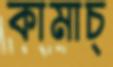
কামাচ্